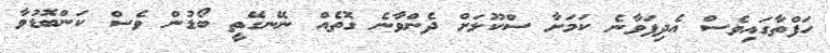
ހަފްތާގައިވެސް އެދިފަވާނެ ކަމަށާ ސްކޫލަށް ދެންވާނެ ގޮތެއް ނޭނގޭތީ ބޯޑުން ވެސް ކަންބޮޑުވާ